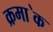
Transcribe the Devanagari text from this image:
क्रमा॓क